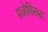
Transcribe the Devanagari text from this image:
प्रजेविरुद्ध